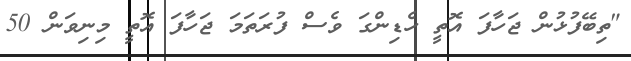
"ތިބޭފުޅުން ޖަހާފަ އޮތީ ހެޑިންގަ ވެސް ފުރަތަމަ ޖަހާފަ އޮތީ މިނިވަން 50